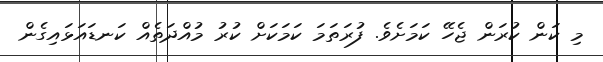
މި ކަން ކުރަން ޖެހޭ ކަމަށެވެ. ފުރަތަމަ ކަމަކަށް ކުރު މުއްދަތެއް ކަނޑައަޅައިގެން